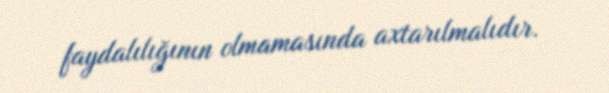
faydalılığının olmamasında axtarılmalıdır.